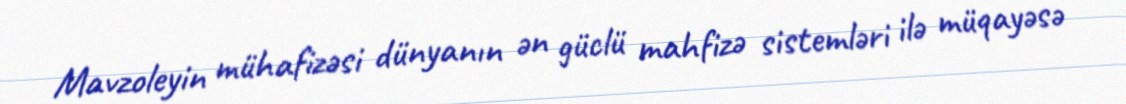
Mavzoleyin mühafizəsi dünyanın ən güclü mahfizə sistemləri ilə müqayəsə